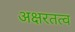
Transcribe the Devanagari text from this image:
अक्षरतत्व